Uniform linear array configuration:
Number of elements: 48
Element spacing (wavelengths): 0.25
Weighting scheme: binomial
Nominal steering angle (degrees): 60
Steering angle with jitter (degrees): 58.325
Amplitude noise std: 0.05
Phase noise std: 0.05

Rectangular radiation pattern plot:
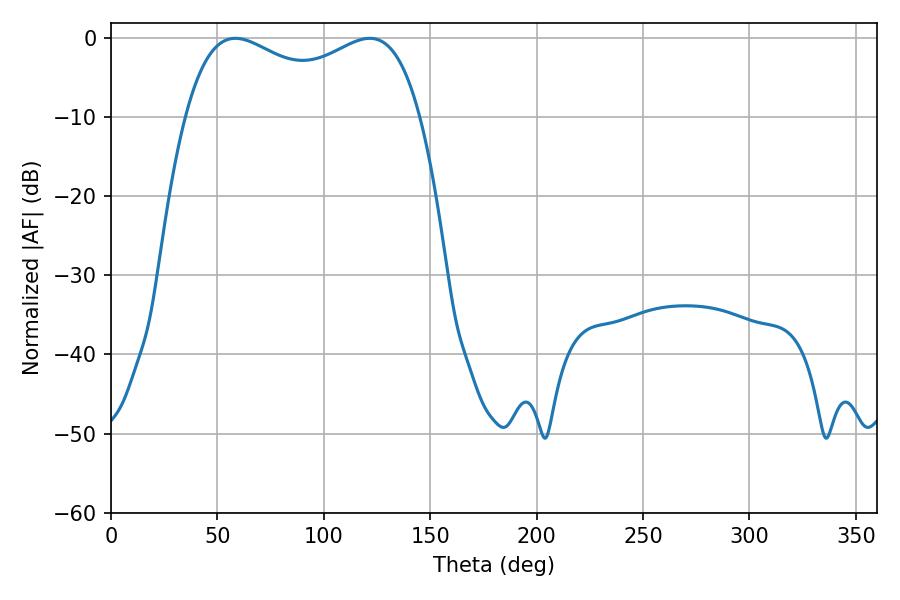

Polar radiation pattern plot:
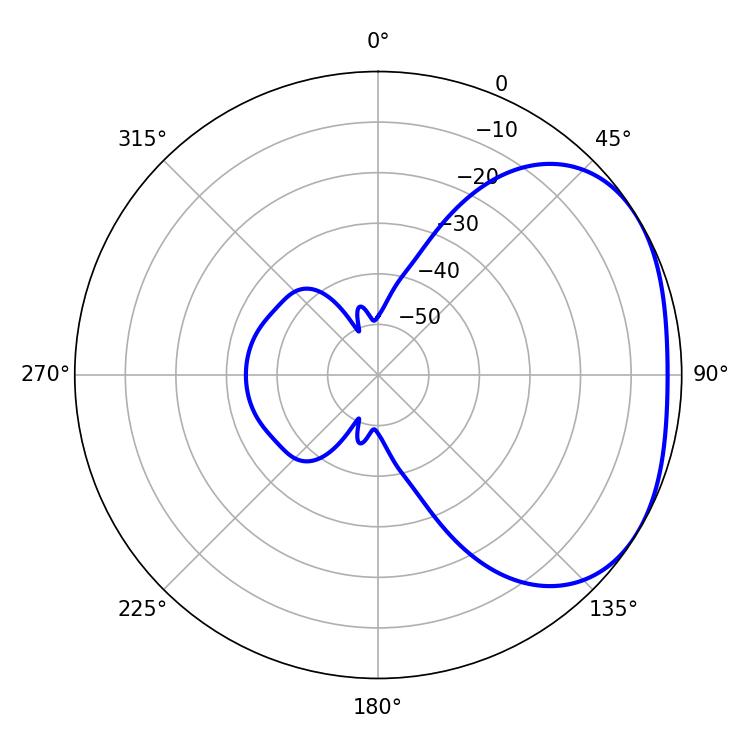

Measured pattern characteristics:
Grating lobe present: FALSE
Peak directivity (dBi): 2.436
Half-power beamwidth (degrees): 91.44
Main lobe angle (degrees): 58.5